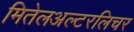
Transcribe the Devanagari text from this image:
मितेलअल्टरलिचर